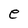
Character: e